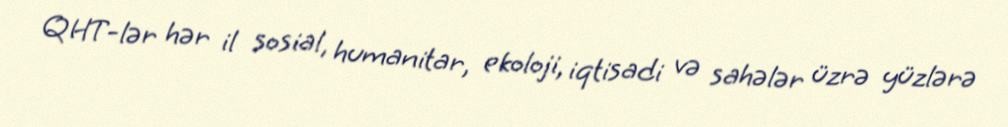
QHT-lər hər il sosial, humanitar, ekoloji, iqtisadi və sahələr üzrə yüzlərə